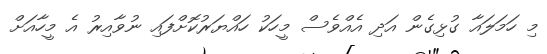
މި ހަމަލައާ ގުޅިގެން އަދި އެއްވެސް މީހަކު ހައްޔަރުކޮށްފައި ނުވާއިރު އެ މީހާއަށް